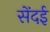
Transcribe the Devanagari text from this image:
सेंदई